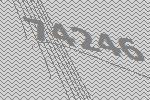
74246